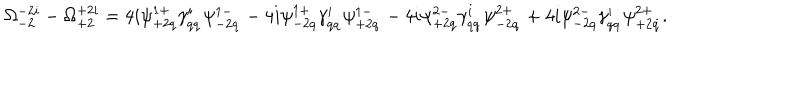
\Omega _ { - 2 } ^ { - 2 i } - \Omega _ { + 2 } ^ { + 2 i } = 4 i \psi _ { + 2 q } ^ { 1 + } \gamma _ { q \dot { q } } ^ { i } \psi _ { - 2 \dot { q } } ^ { 1 - } - 4 i \psi _ { - 2 q } ^ { 1 + } \gamma _ { q \dot { q } } ^ { i } \psi _ { + 2 \dot { q } } ^ { 1 - } - 4 i \psi _ { + 2 q } ^ { 2 - } \gamma _ { q \dot { q } } ^ { i } \psi _ { - 2 \dot { q } } ^ { 2 + } + 4 i \psi _ { - 2 q } ^ { 2 - } \gamma _ { q \dot { q } } ^ { i } \psi _ { + 2 \dot { q } } ^ { 2 + } .